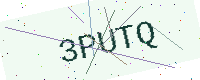
Text: 3PUTQ